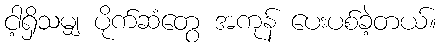
ငါ့ရှိသမျှ ပိုက်ဆံတွေ အကုန် ပေးပစ်ခဲ့တယ်။